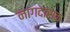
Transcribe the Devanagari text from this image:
नागदासक